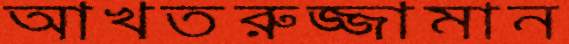
আখতরুজ্জামান